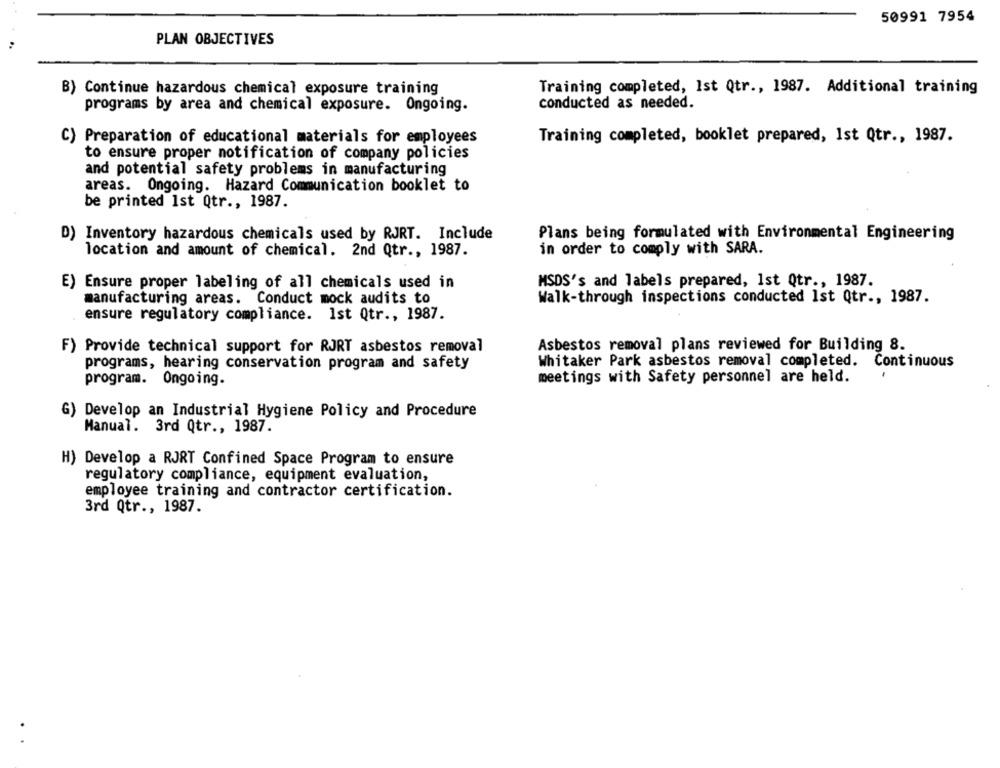
50991 7954
PLAN OBJECTIVES
B) Continue hazardous chemical exposure training
Training completed, Ist Qtr ., 1987. Additional training
programs by area and chemical exposure. Ongoing.
conducted as needed.
C) Preparation of educational materials for employees
Training completed, booklet prepared, Ist Qtr ., 1987.
to ensure proper notification of company policies
and potential safety problems in manufacturing
areas. Ongoing. Hazard Communication booklet to
be printed Ist Qtr ., 1987.
D) Inventory hazardous chemicals used by RJRT. Include
Plans being formulated with Environmental Engineering
location and amount of chemical. 2nd Qtr ., 1987.
in order to comply with SARA.
E) Ensure proper labeling of all chemicals used in
MSDS's and labels prepared, Ist Qtr ., 1987.
manufacturing areas. Conduct mock audits to
Walk-through inspections conducted Ist Qtr ., 1987.
ensure regulatory compliance. Ist Qtr ., 1987.
F) Provide technical support for RJRT asbestos removal
Asbestos removal plans reviewed for Building 8.
Whitaker Park asbestos removal completed. Continuous
programs, hearing conservation program and safety
program. Ongoing.
meetings with Safety personnel are held.
G) Develop an Industrial Hygiene Policy and Procedure
Manual. 3rd Qtr ., 1987.
H) Develop a RJRT Confined Space Program to ensure
regulatory compliance, equipment evaluation,
employee training and contractor certification.
3rd Qtr ., 1987.